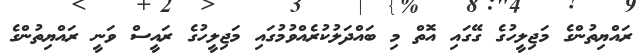
ރައްޔިތުންގެ މަޖިލީހުގެ ގޭގައި އޮތް މި ބައްދަލުކުރެއްވުމުގައި މަޖިލީހުގެ ރައީސް ވަނީ ރައްޔިތުންގެ